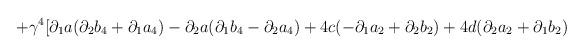
LaTeX: \begin{align*}+\gamma ^{4}[\partial _{1}a(\partial _{2}b_{4}+\partial _{1}a_{4})-\partial _{2}a(\partial _{1}b_{4}-\partial _{2}a_{4})+4c(-\partial _{1}a_{2}+\partial _{2}b_{2})+4d(\partial _{2}a_{2}+\partial _{1}b_{2})\end{align*}